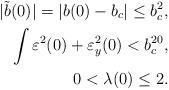
LaTeX: \begin{align*}|\tilde{b}(0)|=|b(0)-b_c|\leq b_c^2,\\\int \varepsilon^2(0)+\varepsilon_y^2(0)< b_c^{20},\\0<\lambda(0)\leq 2.\end{align*}